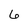
Character: 6